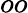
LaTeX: oo